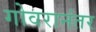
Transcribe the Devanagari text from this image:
गोवरानंतर